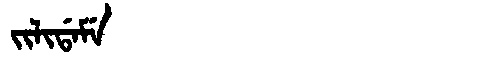
Manchu: ᠵᡳᠯᡳᡩᠠᠮᡝ
Romanization: JILIDAME